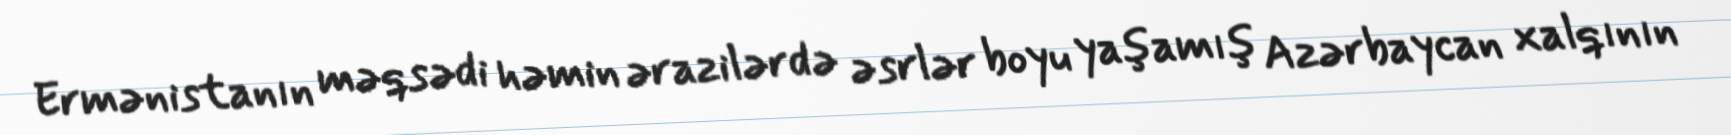
Ermənistanın məqsədi həmin ərazilərdə əsrlər boyu yaşamış Azərbaycan xalqının